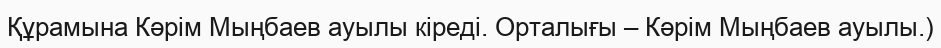
Құрамына Кәрім Мыңбаев ауылы кіреді. Орталығы – Кәрім Мыңбаев ауылы.)